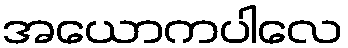
အယောကပါလေ